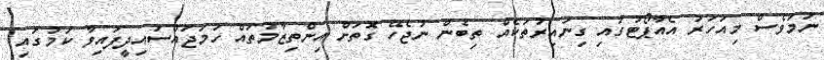
ނަމަވެސް މިއަހަރު އެއާޕޯޓުގައި ގިނައިރުތަކެއް ތިބެން ނުޖެހޭ ގޮތަށް އިންތިޒާމުތައް ހަމަޖައްސައިދީފައިވާ ކަމުގައި